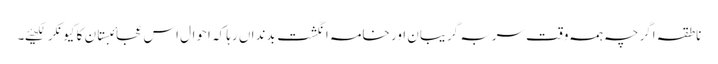
ناطقہ اگرچہ ہمہ وقت سربہ گریبان اور خامہ انگشت بدنداں رہا کہ احوال اس عجائبِستان کا کیونکر لکھیئے۔